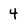
Character: 4